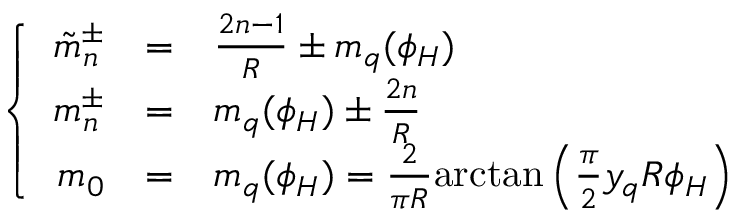
\left\{ \begin{array} { r c l } { { \displaystyle \tilde { m } _ { n } ^ { \pm } } } & { { = } } & { { \frac { 2 n - 1 } { R } \pm m _ { q } ( \phi _ { H } ) } } \\ { { \displaystyle m _ { n } ^ { \pm } } } & { { = } } & { { m _ { q } ( \phi _ { H } ) \pm \frac { 2 n } { R } } } \\ { { \displaystyle m _ { 0 } } } & { { = } } & { { m _ { q } ( \phi _ { H } ) = \frac { 2 } { \pi R } \mathrm { a r c t a n } \left( \frac { \pi } { 2 } y _ { q } R \phi _ { H } \right) } } \end{array} \right.